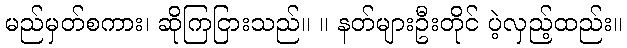
မည်မှတ်စကား၊ ဆိုကြငြားသည်။ ။ နတ်များဦးတိုင် ပဲ့လှည့်ထည်း။